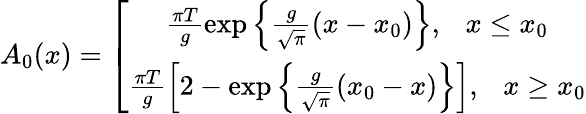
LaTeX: A_{0}(x)=\left[\begin{array}{c}{{\frac{\pi T}g\exp\left\{ \frac g{\sqrt{\pi}}(x-x_{0})\right\} ,\ \ \ x\leq x_{0}}}\\ {{\frac{\pi T}g\left[2-\exp\left\{ \frac g{\sqrt{\pi}}(x_{0}-x)\right\} \right],\ \ \ x\geq x_{0}}}\end{array}\right.